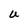
Character: U